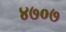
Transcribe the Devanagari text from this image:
४७०७